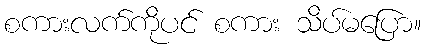
စကားလက်ကိုပင် စကား သိပ်မပြော။